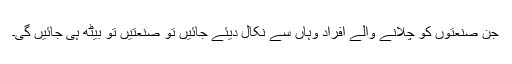
جن صنعتوں کو چلانے والے افراد وہاں سے نکال دیئے جائیں تو صنعتیں تو بیٹھ ہی جائیں گی۔